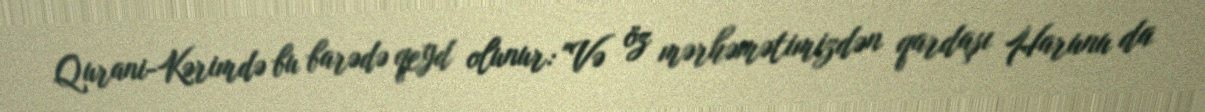
Qurani-Kərimdə bu barədə qeyd olunur: "Və öz mərhəmətimizdən qardaşı Harunu da